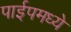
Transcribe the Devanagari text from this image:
पाईपमध्ये